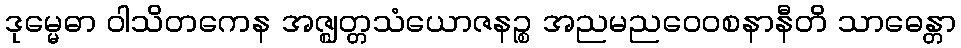
ဒုမ္မေဓာ ဝါသိတကေန အဇ္ဈတ္တသံယောဇနဉ္စ အညမညဝေဝစနာနီတိ သာဓေန္တာ